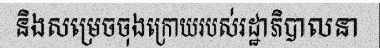
និងសម្រេចចុងក្រោយរបស់រដ្ឋាភិបាលនា